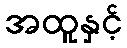
အထူနှင့်